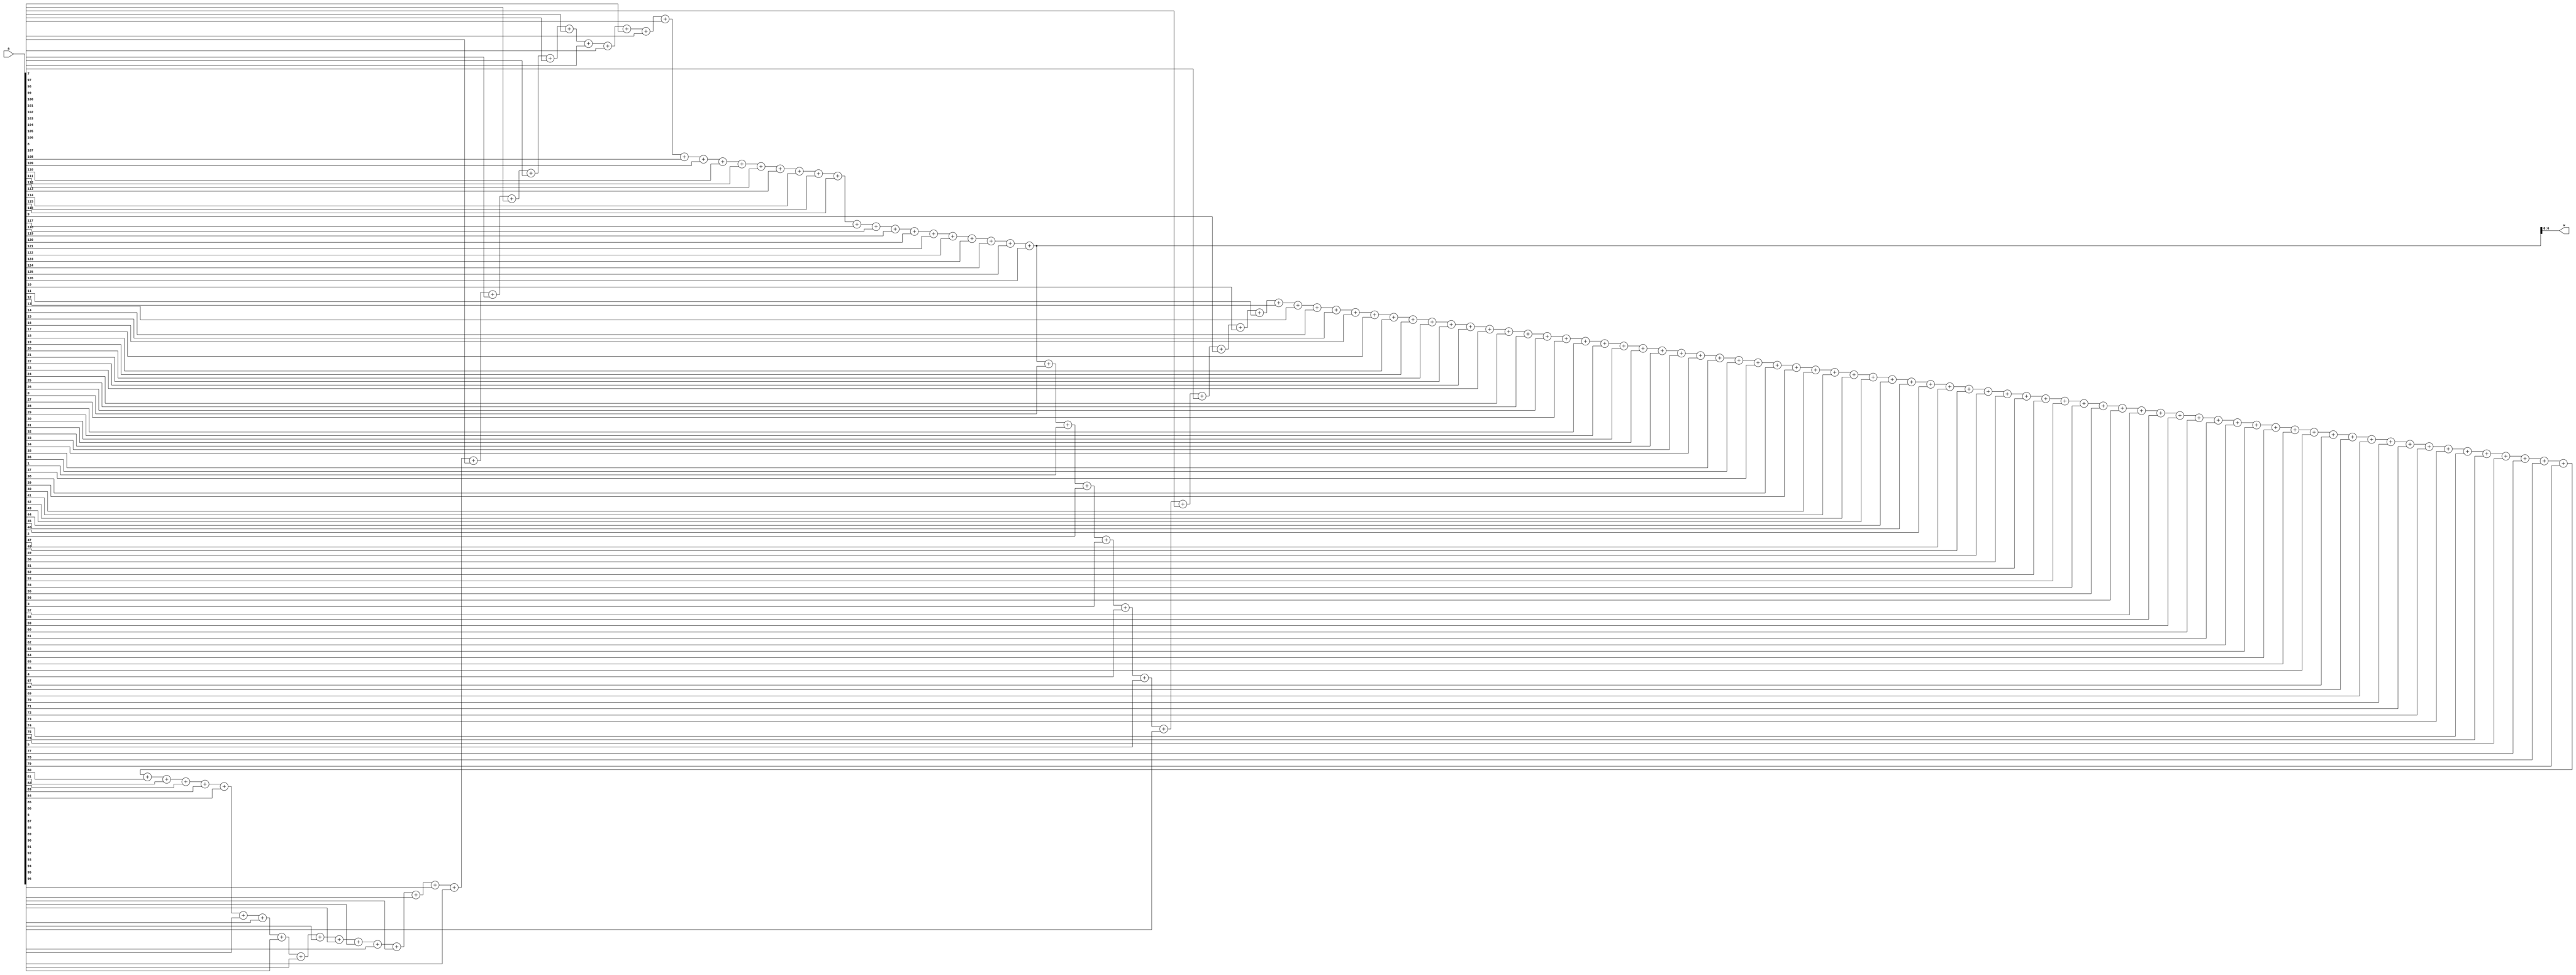
`timescale 1ns/1ns
module ones127(input [126:0]a, output [6:0]w);
integer x=0;
integer i=0;
always @(a) begin
	for(i=0;i<127;i=i+1)begin
		 x=x+a[i];
	end
end

assign #828 w=x;
endmodule